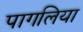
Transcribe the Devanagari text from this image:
पागलिया